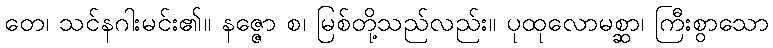
တေ၊ သင်နဂါးမင်း၏။ နဇ္ဇော စ၊ မြစ်တို့သည်လည်း။ ပုထုလောမစ္ဆာ၊ ကြီးစွာသော